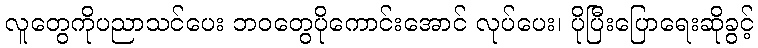
လူတွေကိုပညာသင်ပေး ဘဝတွေပိုကောင်းအောင် လုပ်ပေး၊ ပိုပြီးပြောရေးဆိုခွင့်